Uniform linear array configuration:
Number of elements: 12
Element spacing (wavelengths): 0.5
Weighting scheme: exponential
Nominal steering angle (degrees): -15
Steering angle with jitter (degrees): -16.951
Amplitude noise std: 0.05
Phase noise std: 0.05

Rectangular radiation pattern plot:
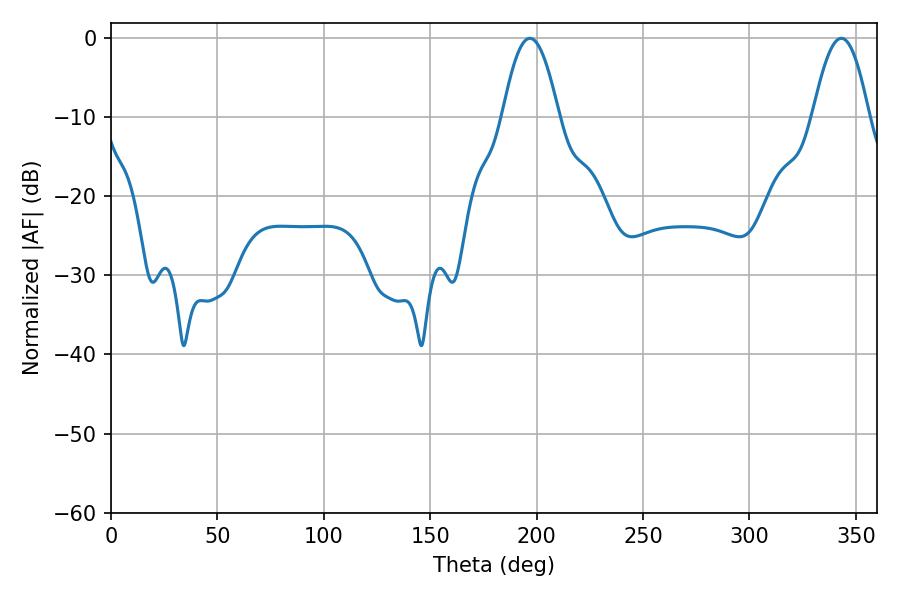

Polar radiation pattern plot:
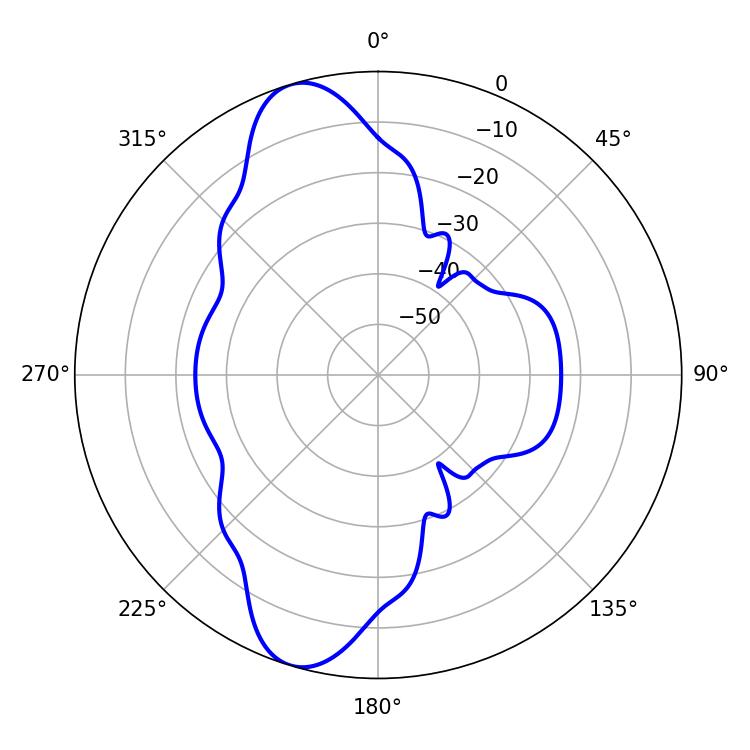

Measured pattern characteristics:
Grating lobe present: FALSE
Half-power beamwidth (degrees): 14.4
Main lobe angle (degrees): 196.74